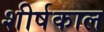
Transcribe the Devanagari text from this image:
शीर्षकाल